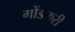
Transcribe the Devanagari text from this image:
गोंडकरी